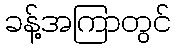
ခန့်အကြာတွင်